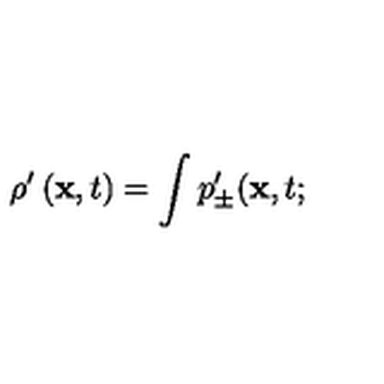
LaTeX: \rho ^ { \prime } \left( { \bf x } , t \right) = \int p _ { \pm } ^ { \prime } ( { \bf x } , t ;